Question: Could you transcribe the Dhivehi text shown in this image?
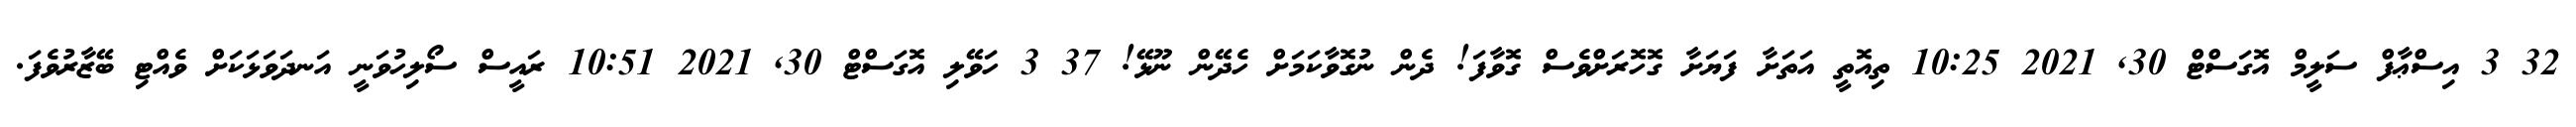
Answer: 32 3 އިސްޢާފް ސަލީމް އޮގަސްޓް 30, 2021 10:25 ތިއޮތީ އަތަށާ ފަޔަށާ ގޮހޮރަށްވެސް ގޮވާފަ! ދެން ނުގޮވާކަމަށް ހެދޭން ނޫޅޭ! 37 3 ހަވޭލި އޮގަސްޓް 30, 2021 10:51 ރައީސް ސޯލިހުވަނީ އަނދަވަޅަކަށް ވެއްޓި ބޭޒާރުވެފަ.